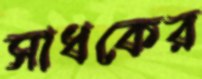
সাধকের